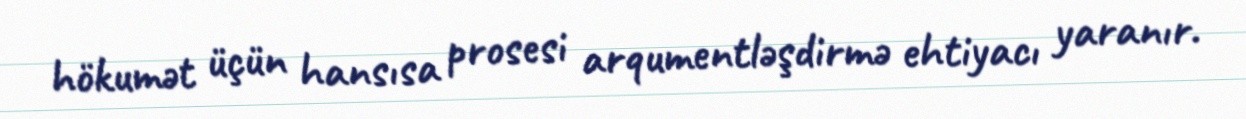
hökumət üçün hansısa prosesi arqumentləşdirmə ehtiyacı yaranır.